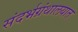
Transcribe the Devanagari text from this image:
संदर्भग्रंथालयात